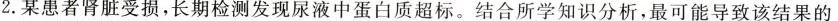
2.某患者肾脏受损，长期检测发现尿液中蛋白质超标。结合所学知识分析，最可能导致该结果